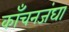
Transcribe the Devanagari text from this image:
काँचनजंघा